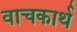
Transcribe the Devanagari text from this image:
वाचकार्थ